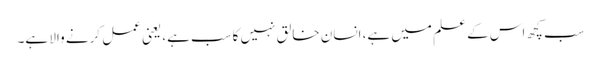
سب کچھ اس کے علم میں ہے، انسان خالق نہیں کاسب ہے، یعنی عمل کرنے والا ہے۔